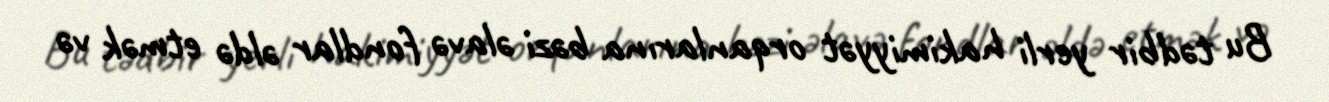
Bu tədbir yerli hakimiyyət orqanlarına bəzi əlavə fondlar əldə etmək və